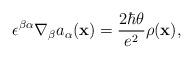
LaTeX: \begin{align*}\epsilon^{\beta\alpha}\nabla_\beta a_\alpha({\bf x})={2\hbar\theta\over e^2}\rho({\bf x}),\end{align*}